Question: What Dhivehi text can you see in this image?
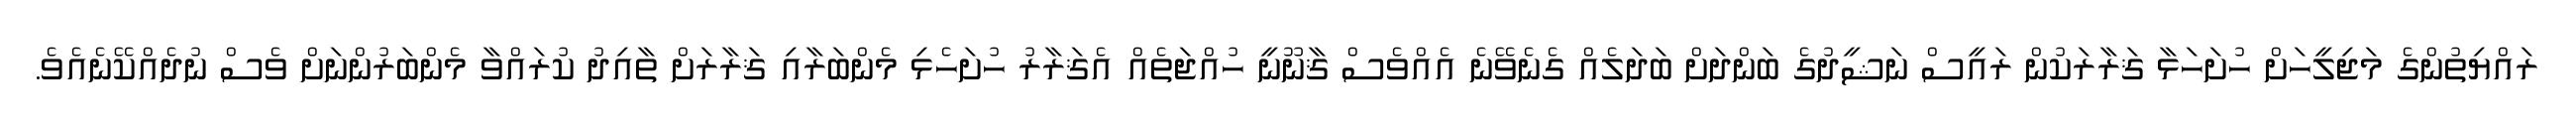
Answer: ރައްޔިތުންގެ މަޖިލީހަށް ހުށަހަޅާ ޤަރާރަކުން ރައީސް ނަޝީދުގެ ބަންދަށް ބަދަލެއް ގެނެވޭނެ އެއްވެސް ޤާނޫނީ ހުއްޖަތެއް އެޤަރާރު ހުށަހެޅި މެންބަރާއި ޤަރާރަށް ތާއިދު ކުރައްވާ މެންބަރުންނަށް ވެސް ނުދެއްކޭނެއެވެ.